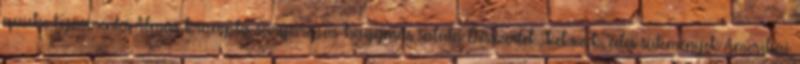
quiche tojásmentes Almás-krumplis-sárgarépás-hagymás saláta Desszertek, kekszek, édes sütemények Amerikai